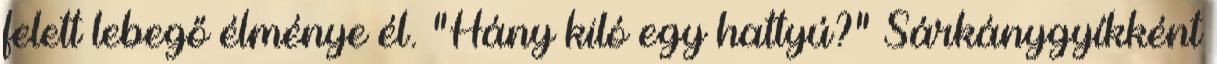
felett lebegő élménye él. "Hány kiló egy hattyú?" Sárkánygyíkként